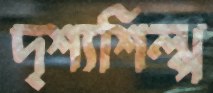
দৃশ্যশিল্প